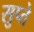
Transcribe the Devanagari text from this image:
सुप्ते